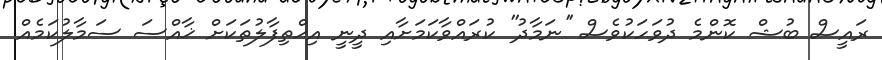
ރައީސް ބުޝް ކޮންމެ ދުވަހަކުވެސް ''ނަމާދު'' ކުރައްވާކަމަށާއި ދީނީ އިޙްތިފާލުތަކަށް ޚާއްސަ ސަމާލުކަމެއް